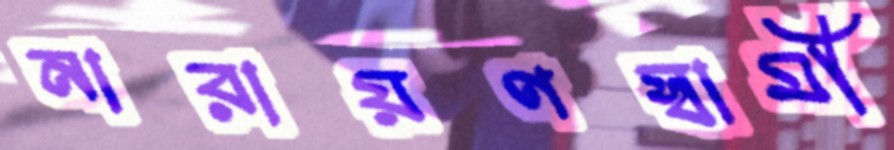
নারায়ণস্বামী